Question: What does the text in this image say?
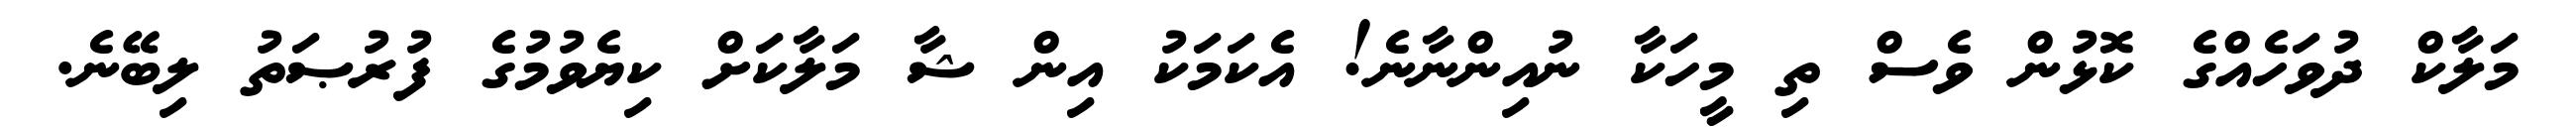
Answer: މަލާކް ދުވަހެއްގެ ކޮޅުން ވެސް ތި މީހަކާ ނުއިންނާނެ! އެކަމަކު އިން ޝާ މަލާކަށް ކިޔެވުމުގެ ފުރުޞަތު ލިބޭނެ.